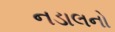
નડાલનો